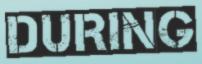
DURING